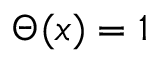
\Theta ( x ) = 1